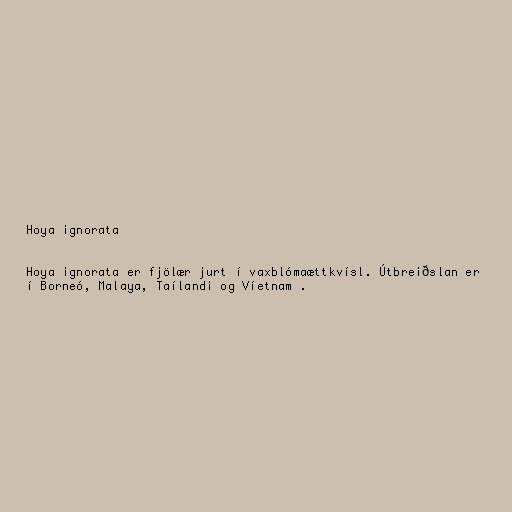
Hoya ignorata

Hoya ignorata er fjölær jurt í vaxblómaættkvísl. Útbreiðslan er
í Borneó, Malaya, Taílandi og Víetnam .